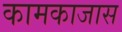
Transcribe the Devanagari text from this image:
कामकाजास